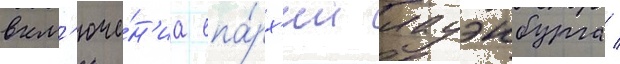
вкл'юче́н'иа епа́рх'ии лауэнбурга /